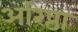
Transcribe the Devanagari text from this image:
अरिष्ठा